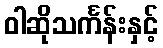
ဝါဆိုသင်္ကန်းနှင့်